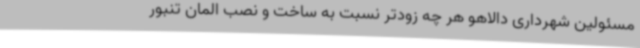
مسئولین شهرداری دالاهو هر چه زودتر نسبت به ساخت و نصب المان تنبور